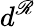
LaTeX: d^{\mathscr{R}}